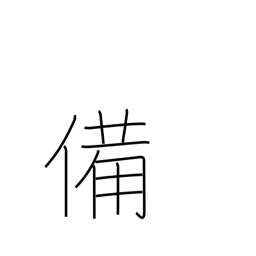
Meaning: preparation